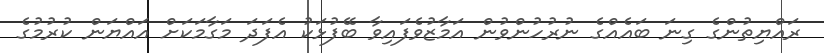
ރައްޔިތުންގެ ގިނަ ބައެއްގެ ނުރުހުންވުން އަމާޒުވެފައިވާ ބޭފުޅަކު އެފަދަ މަގާމަކަށް އައްޔަން ކުރުމުގެ